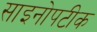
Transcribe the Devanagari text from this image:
साइनोपटीक